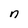
Character: n